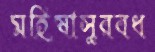
মহিষাসুরবধ